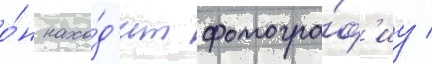
о́н нахо́д'ит фотогра́ф'иу /